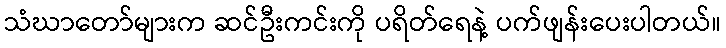
သံဃာတော်များက ဆင်ဦးကင်းကို ပရိတ်ရေနဲ့ ပက်ဖျန်းပေးပါတယ်။